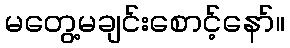
မတွေ့မချင်းစောင့်နော်။